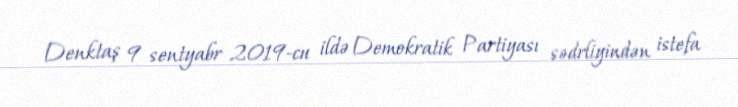
Denktaş 9 sentyabr 2019-cu ildə Demokratik Partiyası sədrliyindən istefa